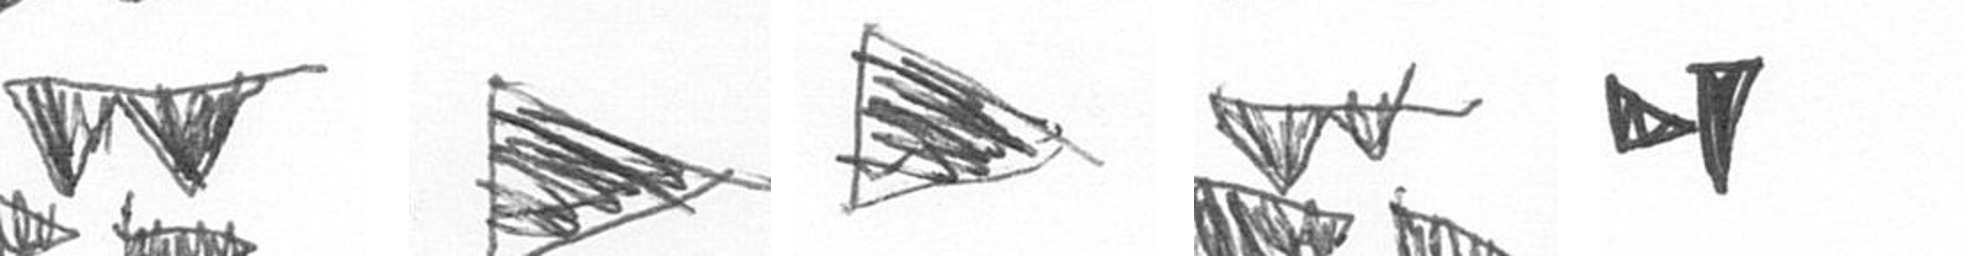
B T T B M